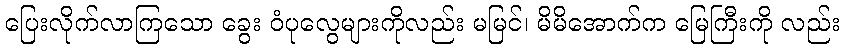
ပြေးလိုက်လာကြသော ခွေး ဝံပုလွေများကိုလည်း မမြင်၊ မိမိအောက်က မြေကြီးကို လည်း